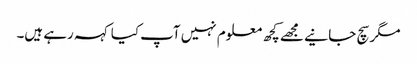
مگر سچ جانیے مجھے کچھ معلوم نہیں آپ کیا کہہ رہے ہیں۔